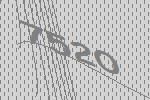
7520